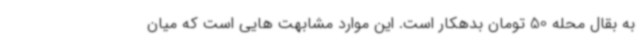
به بقال محله 50 تومان بدهکار است. این موارد مشابهت هایی است که میان